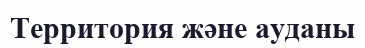
Территория және ауданы